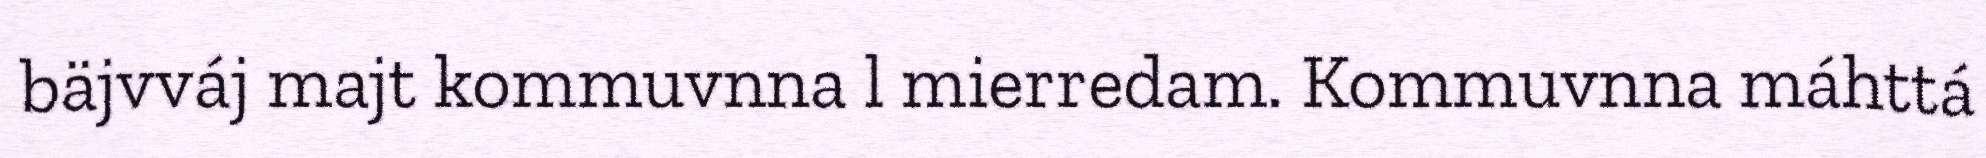
bäjvváj majt kommuvnna l mierredam. Kommuvnna máhttá